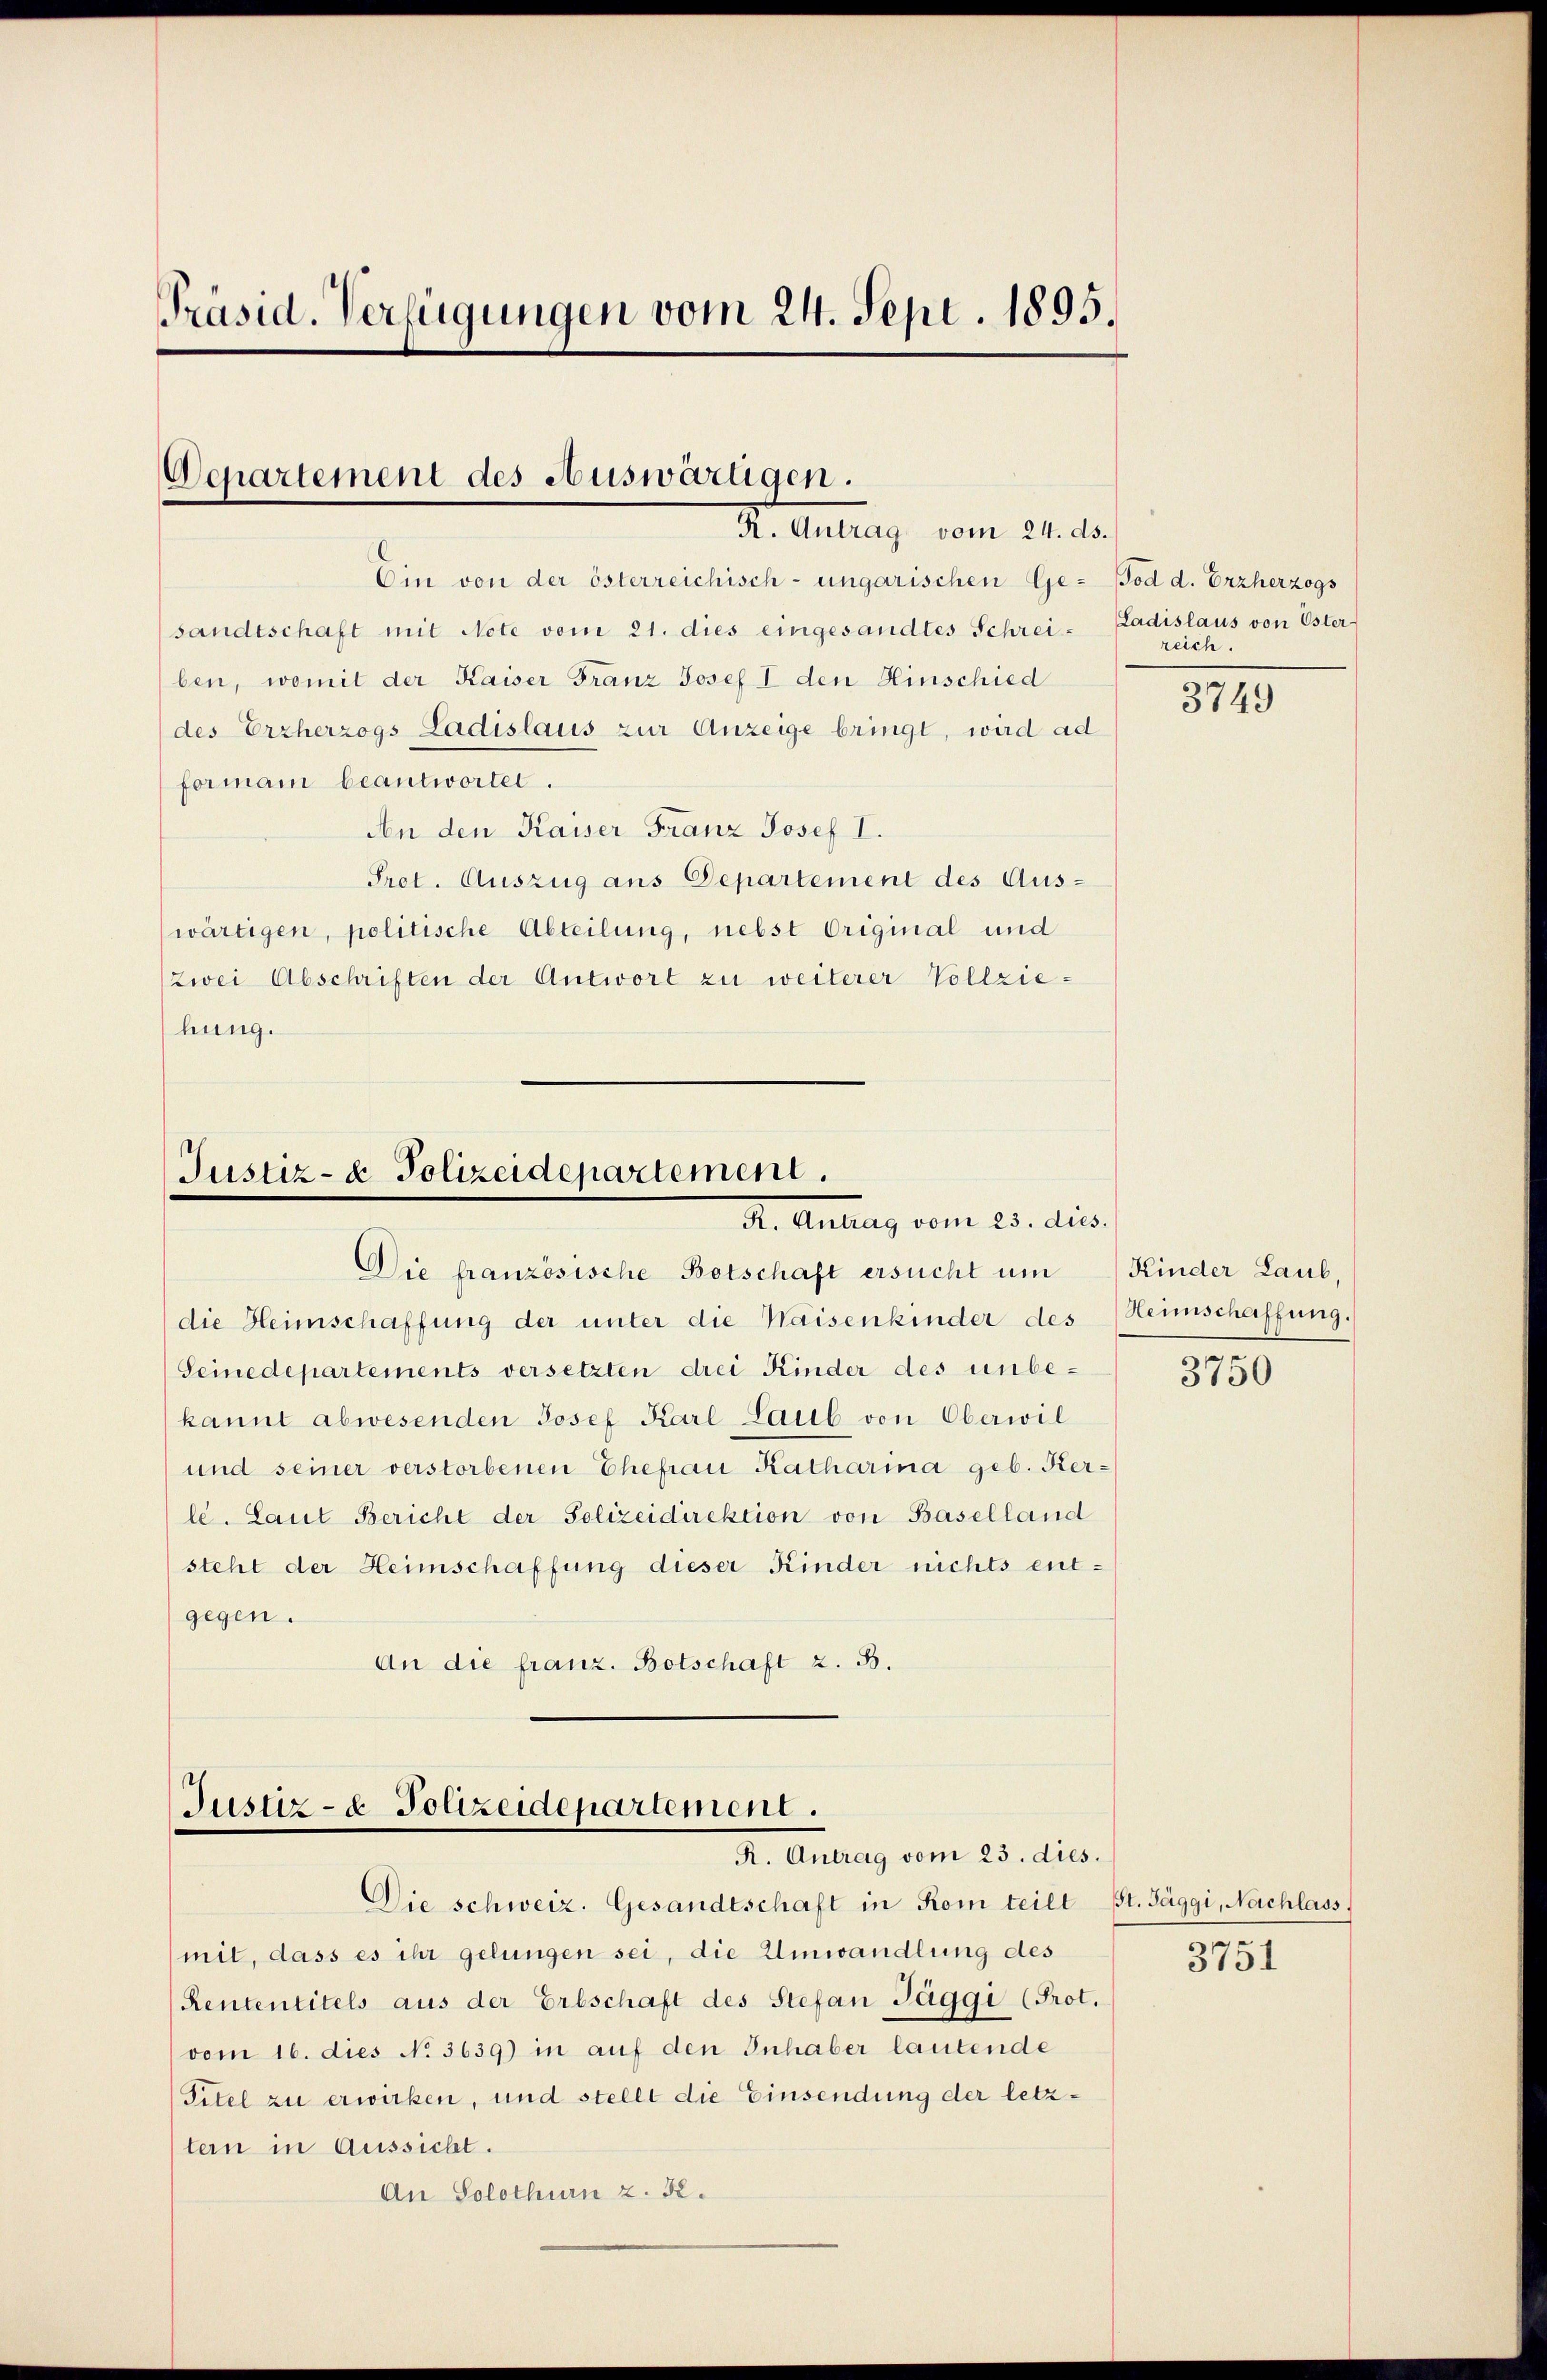
Präsid. Verfügungen vom 24. Sept. 1895.

Departement des Auswarügen.
R. Antrag vom 24. ds.

Ein von der österreichisch-ungarischen Gesandtschaft mit Note vom 21. dies eingesandtes Schrei- Zadislaus von Uster-
ben, womit der Kaiser Franz Josef I den Hinschied
des Erzherzogs Ladislaus zur Anzeige bringt, wird ad
formain beantwortet.
An den Kaiser Franz Josef I.
Pret. Auszug aus Departement des Aus-
wärtigen, politische Abteilung, nebst Original und
zwei Abschriften der Antwort zu weiterer Vollziehung.

Justiz- & Polizeidepartement.
Dr. Antrag vom 23. dies

Die französische Botschaft ersucht um

Justiz- & Polizeidepartement.
R. Antrag vom 23. dies.
Die schweiz. Gesandtschaft in Rom teilt St. Jäggi, Nachlass

vom 16. dies No 3639) in auf den Inhaber lautende
Titel zu erwirken, und stellt die Einsendung der letztern in Aussicht.
An Solothurn z. B.

mit, dass es ihr gelungen sei, die Umwandlung des
Rententitels aus der Erbschaft des Stefan Jaggi (Prot.

die Heimschaffung der unter die Waisenkinder des
Seinedepartements versetzten drei Kinder des unbekannt abwesenden Josef Karl Laub von Oberwil
und seiner verstorbenen Ehefrau Katharina geb. Kerle. Laut Bericht der Polizeidirektion von Baselland
steht der Heimschaffung dieser Kinder nichts entgegen.
An die franz. Botschaft z. B.

Tod d. Erzherzogs
reich.

3749

Kinder Laub,
Heimschaffung.

3750

3751